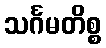
သင်္ဂမတိစ္စ